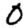
Digit: 0